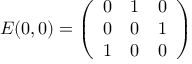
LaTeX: E ( 0 , 0 ) = \left( \begin{array} { c c c } { { 0 } } & { { 1 } } & { { 0 } } \\ { { 0 } } & { { 0 } } & { { 1 } } \\ { { 1 } } & { { 0 } } & { { 0 } } \end{array} \right)